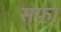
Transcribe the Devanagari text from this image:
सफ़ा